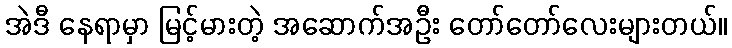
အဲဒီ နေရာမှာ မြင့်မားတဲ့ အဆောက်အဦး တော်တော်လေးများတယ်။